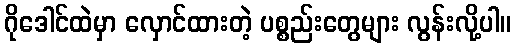
ဂိုဒေါင်ထဲမှာ လှောင်ထားတဲ့ ပစ္စည်းတွေများ လွန်းလို့ပါ။